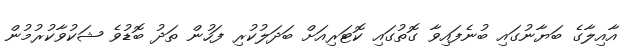
އާއިލާގެ ބަޔާނުގައި ބުނެފައިވާ ގޮތުގައި ކޮޓަރިއަށް ބަދަލުކުރި ފަހުން ތަދު ބޮޑުވެ ޝަކުވާކުރުމުން